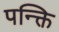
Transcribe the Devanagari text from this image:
पन्क्ति